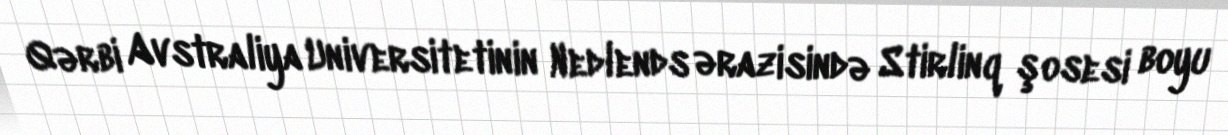
Qərbi Avstraliya Universitetinin Nedlends ərazisində Stirlinq şosesi boyu